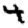
Digit: 4